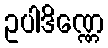
ဥပါဒိဏ္ဏေ